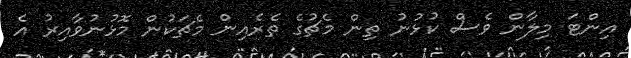
އިންޓަ މިލާން ވެސް ކުޅުނު ތިން މެޗުގެ ތެރެއިން މެޗަކުން މޮޅުނުވާއިރު އެ